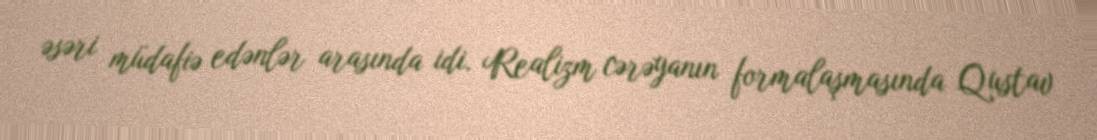
əsəri müdafiə edənlər arasında idi. Realizm cərəyanın formalaşmasında Qustav